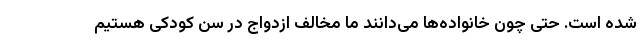
شده است. حتی چون خانواده‌ها می‌دانند ما مخالف ازدواج در سن کودکی هستیم